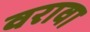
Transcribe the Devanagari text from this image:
वरावा